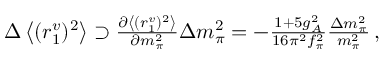
\begin{array} { r } { \Delta \left< ( r _ { 1 } ^ { v } ) ^ { 2 } \right> \supset \frac { \partial \left< ( r _ { 1 } ^ { v } ) ^ { 2 } \right> } { \partial m _ { \pi } ^ { 2 } } \Delta m _ { \pi } ^ { 2 } = - \frac { 1 + 5 g _ { A } ^ { 2 } } { 1 6 \pi ^ { 2 } f _ { \pi } ^ { 2 } } \frac { \Delta m _ { \pi } ^ { 2 } } { m _ { \pi } ^ { 2 } } \, , } \end{array}